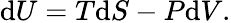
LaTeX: \mathrm{d}U=T\mathrm{d}S-P\mathrm{d}V.